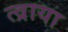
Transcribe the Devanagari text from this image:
त्व्राया